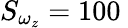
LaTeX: S_{\omega_{z}}=100\